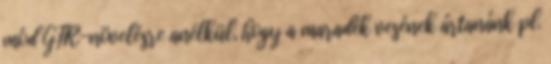
mód GFR-növelésre anélkül, hogy a maradék vesének ártanánk pl.